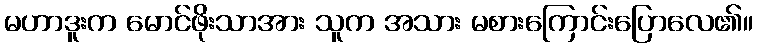
မဟာဒူးက မောင်ဖိုးသာအား သူက အသား မစားကြောင်းပြောလေ၏။